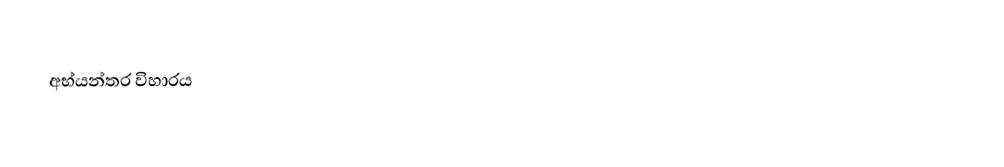
අභ්යන්තර විහාරය